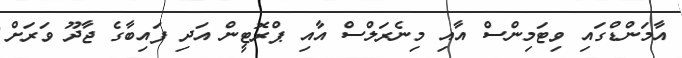
އާމަންޑްގައި ވިޓަމިންސް އާއި މިނެރަލްސް އާއި ޕްރޮޓީން އަދި ފައިބާގެ ޖާދޫ ވަރަށް